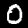
Label: 0